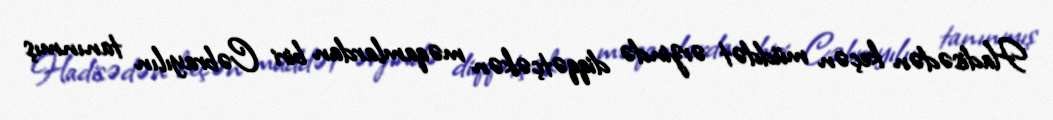
Hadisədən keçən müddət ərzində diqqətçəkən məqamlardan biri Cəbrayılın tanınmış